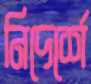
নিদের্শে